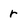
Character: r